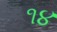
૧૪